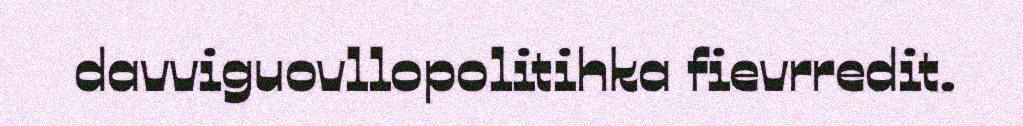
davviguovllopolitihka fievrredit.